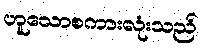
ဟူသောစကားလုံးသည်